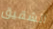
الشقيق